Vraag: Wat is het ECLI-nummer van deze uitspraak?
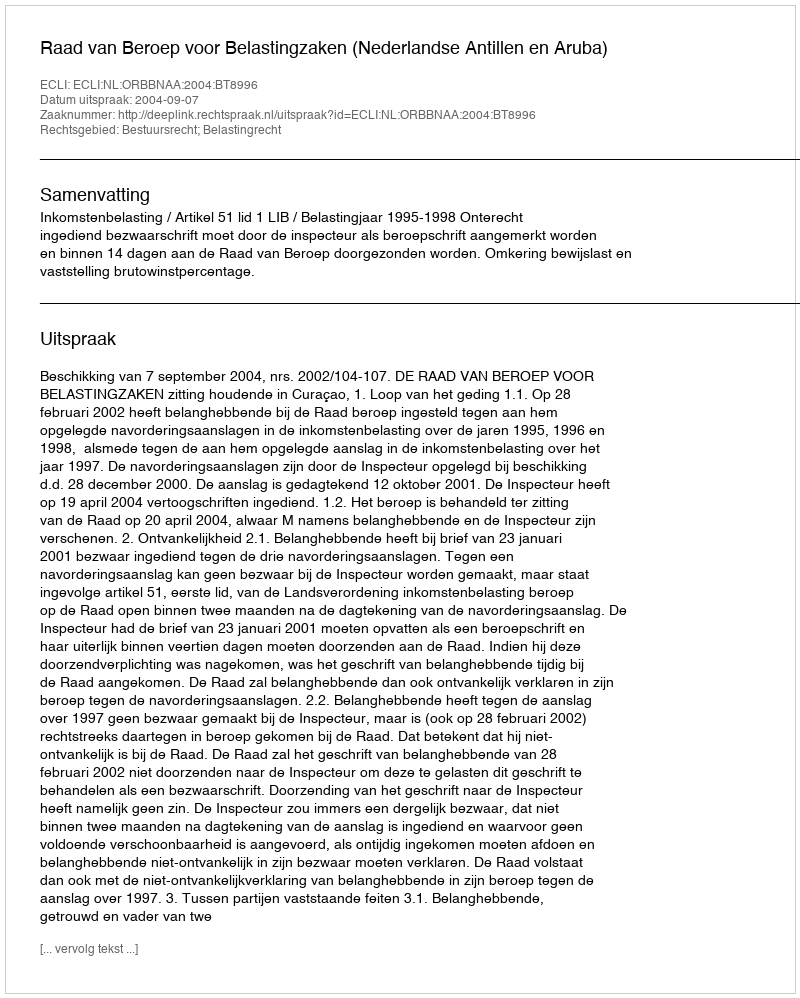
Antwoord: ECLI:NL:ORBBNAA:2004:BT8996